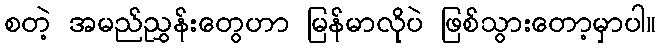
စတဲ့ အမည်ညွှန်းတွေဟာ မြန်မာလိုပဲ ဖြစ်သွားတော့မှာပါ။